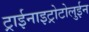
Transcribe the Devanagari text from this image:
ट्राईनाइट्रोटोलुईन